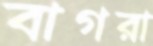
বাগরা